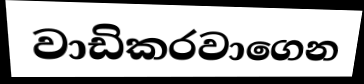
වාඩිකරවාගෙන